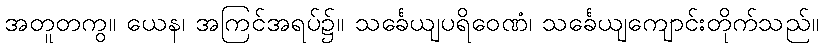
အတူတကွ။ ယေန၊ အကြင်အရပ်၌။ သင်္ခေယျပရိဝေဏံ၊ သင်္ခေယျကျောင်းတိုက်သည်။